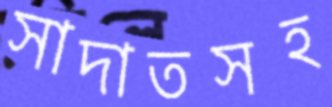
সাদাতসহ